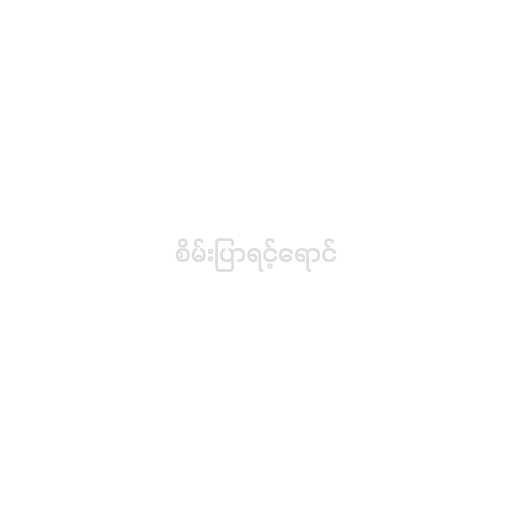
စိမ်းပြာရင့်ရောင်